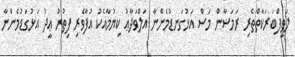
ލަޠީފްބަރަކާތްތެރި ރަމަޟާން މަސް އަޅުގަނޑުމެންނާ އަލްވަދާޢު ކިޔުމާއެކު އުފާވެރި ފިތުރު ޢީދު އަޅުގަޑުމެންނާ